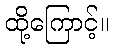
ထို့ကြောင့်။